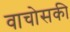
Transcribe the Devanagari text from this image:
वाचोसकी